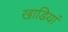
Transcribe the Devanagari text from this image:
खाडियां